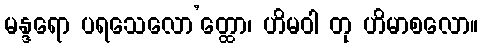
မန္ဒရော ပရသေလော’တ္ထော၊ ဟိမဝါ တု ဟိမာစလော။